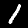
Label: 1